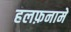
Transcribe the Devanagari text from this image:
हलफ़नामे